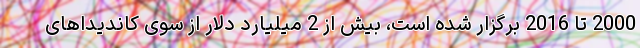
2000 تا 2016 برگزار شده است، بیش از 2 میلیارد دلار از سوی کاندیداهای